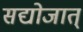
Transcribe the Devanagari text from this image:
सद्योजात्